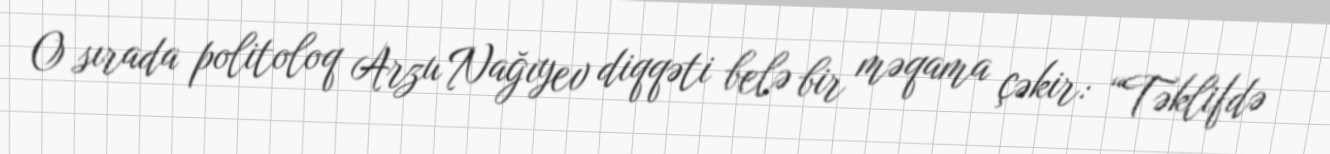
O sırada politoloq Arzu Nağıyev diqqəti belə bir məqama çəkir: “Təklifdə